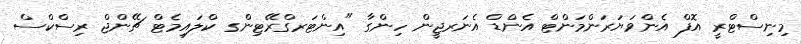
މިނިސްޓްރީ އޮފް އެންވަޔަރަންމަންޓް އެންޑް އެނަރޖީން ހިންގާ "އިންޓަރގްރޭޓިންގ ކްލައިމެޓް ޗޭންޖް ރިސްކްސް